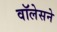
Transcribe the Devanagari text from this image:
वॉलेसने